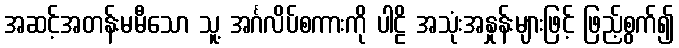
အဆင့်အတန်းမမီသော သူ့ အင်္ဂလိပ်စကားကို ပါဠိ အသုံးအနှုန်းများဖြင့် ဖြည့်စွက်၍